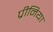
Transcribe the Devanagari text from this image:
प्रीनिया